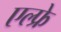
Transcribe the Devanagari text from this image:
एल्फ्रे